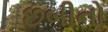
છબીનો